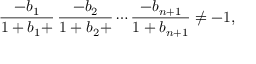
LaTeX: { \frac { - b _ { 1 } } { 1 + b _ { 1 } + } } \, { \frac { - b _ { 2 } } { 1 + b _ { 2 } + } } \cdots { \frac { - b _ { n + 1 } } { 1 + b _ { n + 1 } } } \neq - 1 ,